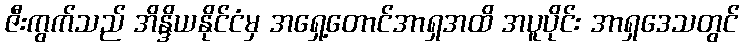
ဇီးကွက်သည် အိန္ဒိယနိုင်ငံမှ အရှေ့တောင်အာရှအထိ အပူပိုင်း အာရှဒေသတွင်